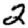
Digit: 2